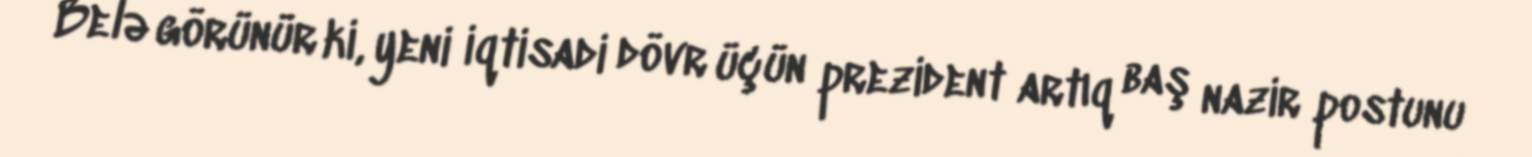
Belə görünür ki, yeni iqtisadi dövr üçün prezident artıq baş nazir postunu